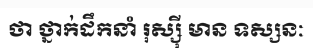
ថា ថ្នាក់ដឹកនាំ រុស្ស៊ី មាន ទស្សនៈ